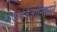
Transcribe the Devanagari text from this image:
पदार्थवैज्ञानिकाने